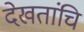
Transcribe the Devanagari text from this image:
देखतांचि